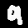
Label: 9